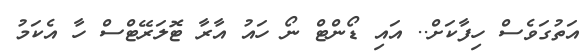
އަތުގަވެސް ހިފާކަށް.. އައި ޑޯންޓް ނޯ ހައު އާރާ ޓޮލަރޭޓްސް ހާ އެކަމު